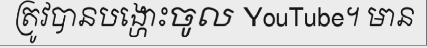
ត្រូវបានបង្ហោះចូល YouTube។ មាន